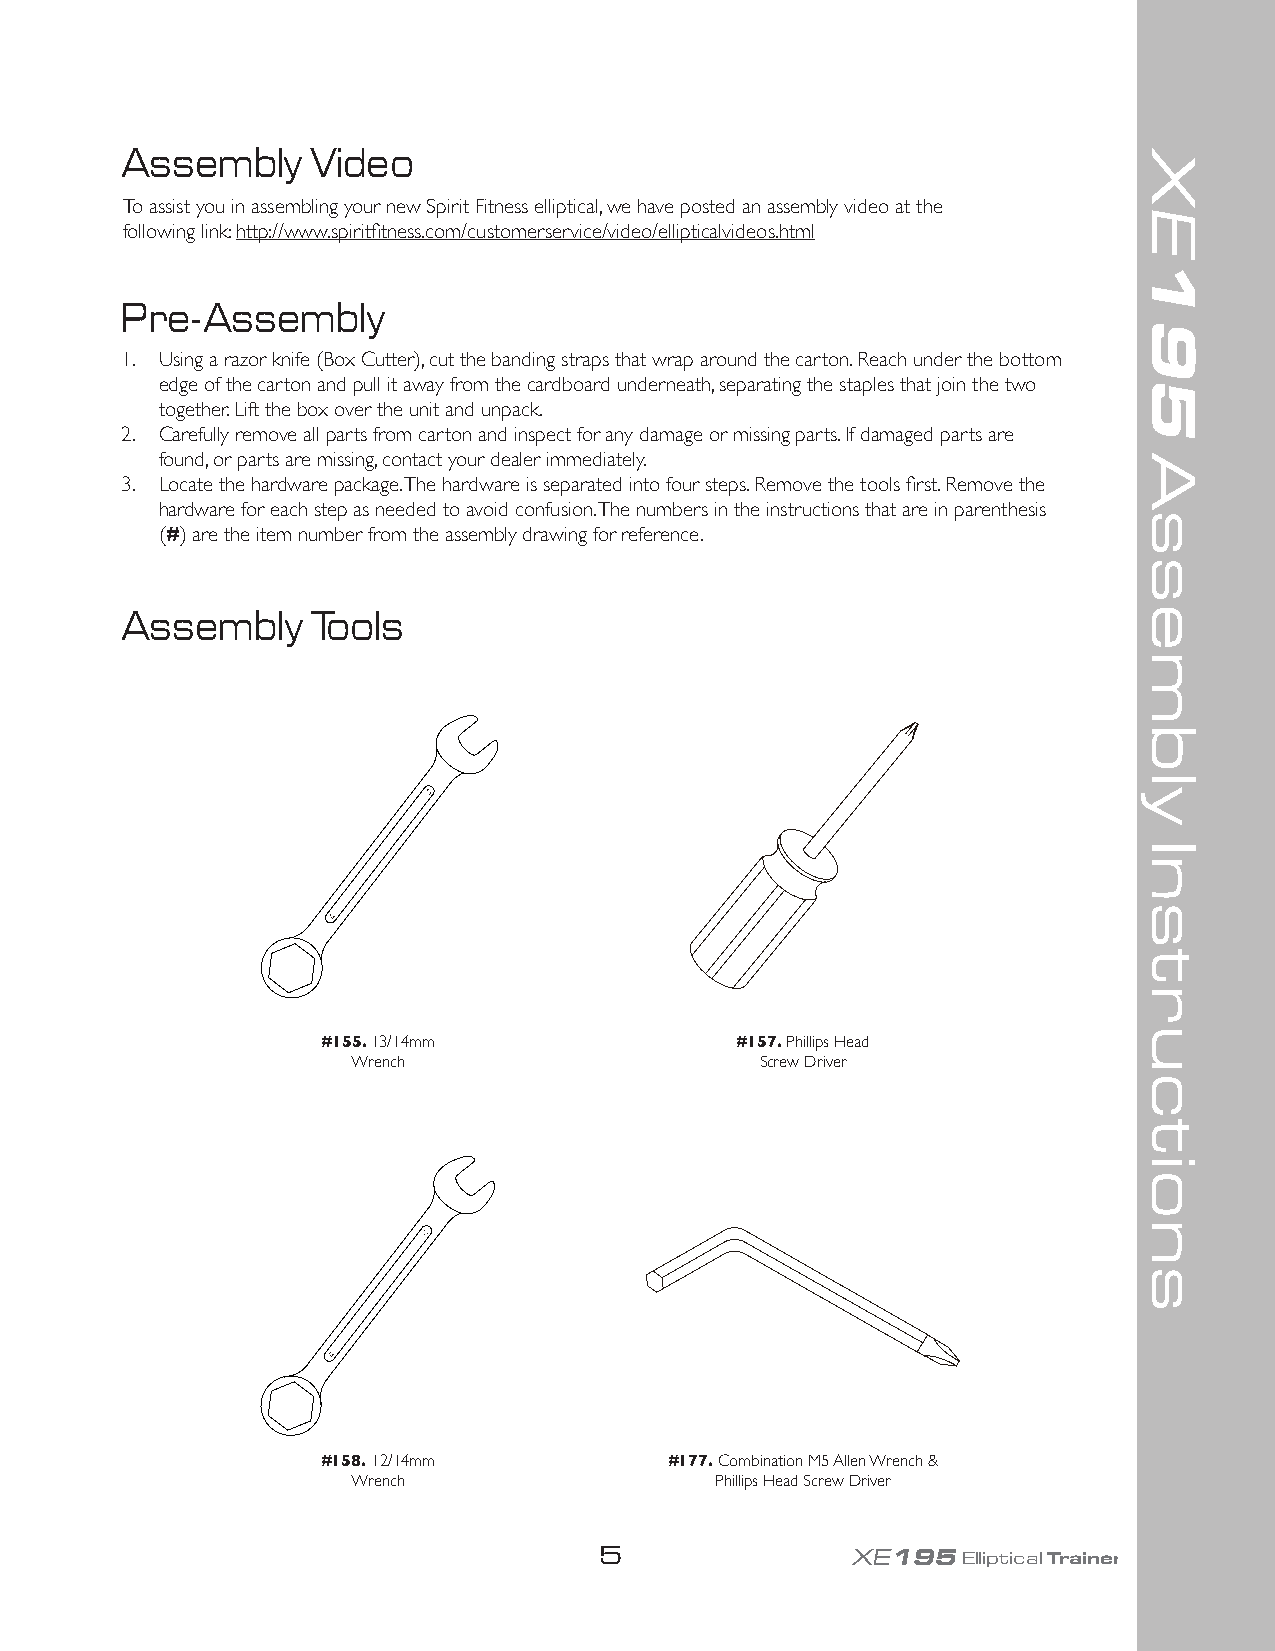
Assembly     Video
 To assist you in assembling your new Spirit Fitness elliptical, we have posted an assembly video at the
 following link: http://www.spiritfitness.com/customerservice/video/ellipticalvideos.html
 Pre-Assembly
 1. Using a razor knife (Box Cutter), cut the banding straps that wrap around the carton. Reach under the bottom
 edge of the carton and pull it away from the cardboard underneath, separating the staples that join the two
 together. Lift the box over the unit and unpack.
 2. Carefully remove all parts from carton and inspect for any damage or missing parts. If damaged parts are
 found, or parts are missing, contact your dealer immediately.
 3. Locate the hardware package. The hardware is separated into four steps. Remove the tools first. Remove the
 hardware for each step as needed to avoid confusion. The numbers in the instructions that are in parenthesis
 (#) are the item number from the assembly drawing for reference.
 Assembly     Tools
 #155. 13/14mm               #157. Phillips Head
 Wrench                     Screw Driver
 #158. 12/14mm          #177. Combination M5 Allen Wrench &
 Wrench                  Phillips Head Screw Driver
 5               XE195Elliptical Trainer
 XE195
 Assembly
 Instructions